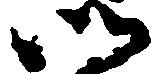
御